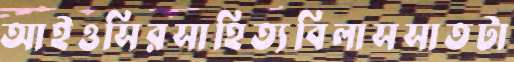
আইওসিরসাহিত্যবিলাসসাতটা